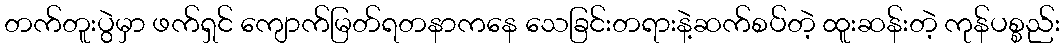
တက်တူးပွဲမှာ ဖက်ရှင် ကျောက်မြတ်ရတနာကနေ သေခြင်းတရားနဲ့ဆက်စပ်တဲ့ ထူးဆန်းတဲ့ ကုန်ပစ္စည်း